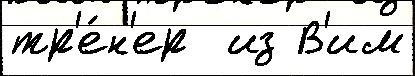
тр'е́н'ер  из В'им